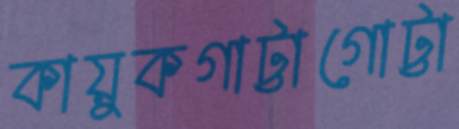
কায়ুকগাট্টাগোট্টা